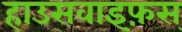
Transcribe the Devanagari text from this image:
हाउसवाइफ़स्